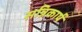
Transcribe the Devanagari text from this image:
सन्निकार्ष